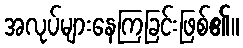
အလုပ်များနေကြခြင်းဖြစ်၏။